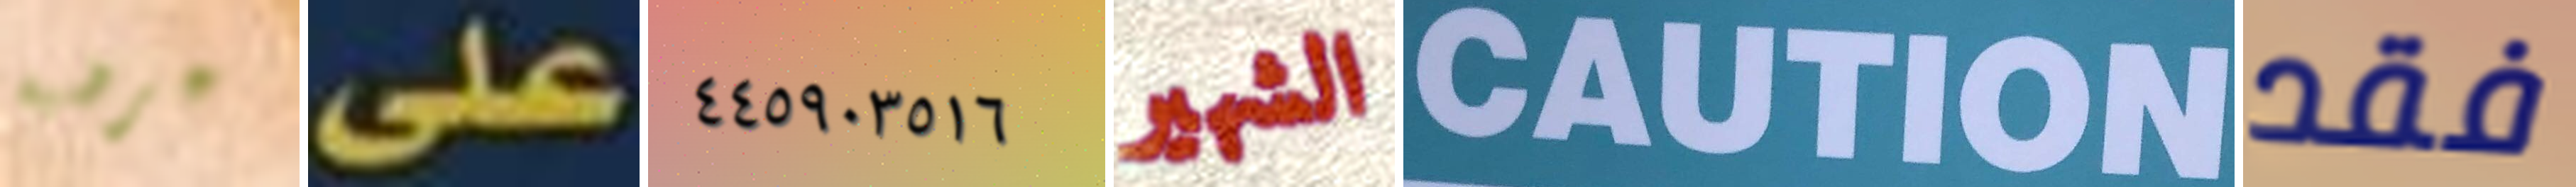
عرضية على ٤٤٥٩٠٣٥١٦ الشهير CAUTION فقد